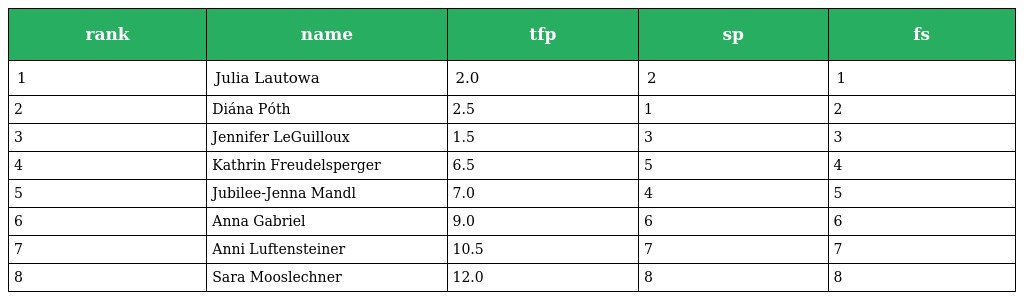
| rank | name | tfp | sp | fs |
 | --- | --- | --- | --- | --- |
 | 1 | Julia Lautowa | 2.0 | 2 | 1 |
 | 2 | Diána Póth | 2.5 | 1 | 2 |
 | 3 | Jennifer LeGuilloux | 1.5 | 3 | 3 |
 | 4 | Kathrin Freudelsperger | 6.5 | 5 | 4 |
 | 5 | Jubilee-Jenna Mandl | 7.0 | 4 | 5 |
 | 6 | Anna Gabriel | 9.0 | 6 | 6 |
 | 7 | Anni Luftensteiner | 10.5 | 7 | 7 |
 | 8 | Sara Mooslechner | 12.0 | 8 | 8 |